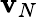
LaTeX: \mathbf{v}_{N}